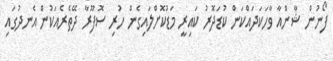
ފޯނުން ޝާންއާ ވާހަކަދައްކަން ކުޑަދޮރު ކައިރީ މަޑުކޮށްލައިގެން ހުރި ސޮފޫރާ ދޭތެރެއަކުން އެނދުގައި